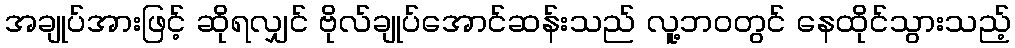
အချုပ်အားဖြင့် ဆိုရလျှင် ဗိုလ်ချုပ်အောင်ဆန်းသည် လူ့ဘဝတွင် နေထိုင်သွားသည့်